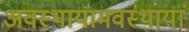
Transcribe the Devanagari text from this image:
अवस्थायामवस्थायां